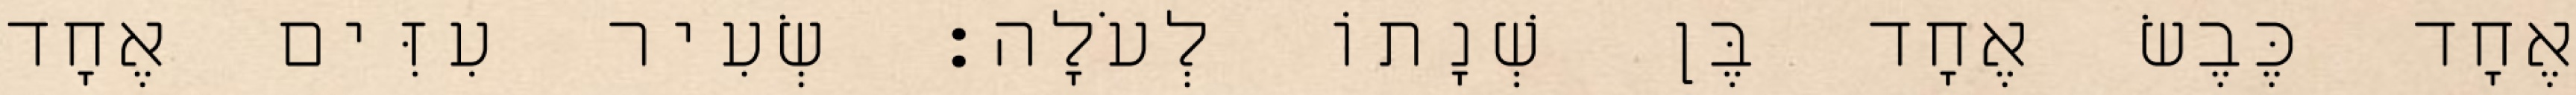
אֶחָד כֶּבֶשׂ אֶחָד בֶּן שְׁנָתוֹ לְעֹלָה׃ שְׂעִיר עִזִּים אֶחָד